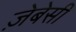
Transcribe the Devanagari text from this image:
ज़ेबेसी